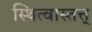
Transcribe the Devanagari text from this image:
स्थित्वास्तत्त्